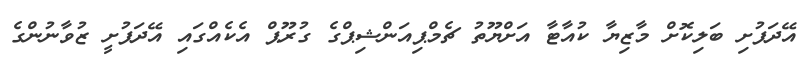
އޭދަފުށި ބަލިކޮށް މާޒިޔާ ކުއާޓާ އަށްޔޫތު ޗެމްޕިއަންޝިޕްގެ ގުރޫޕް އެކެއްގައި އޭދަފުށީ ޒުވާނުންގެ